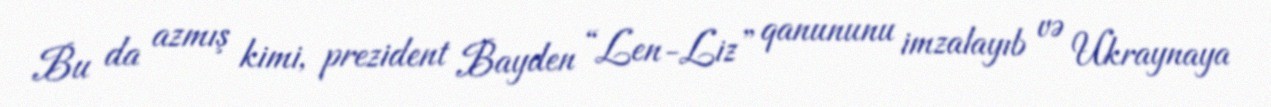
Bu da azmış kimi, prezident Bayden “Len-Liz” qanununu imzalayıb və Ukraynaya